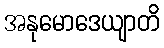
အနုမောဒေယျာတိ